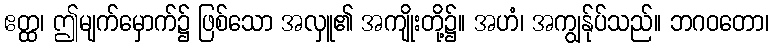
ဧတ္ထ၊ ဤမျက်မှောက်၌ ဖြစ်သော အလှူ၏ အကျိုးတို့၌။ အဟံ၊ အကျွန်ုပ်သည်။ ဘဂဝတော၊